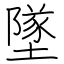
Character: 墜